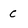
Character: C